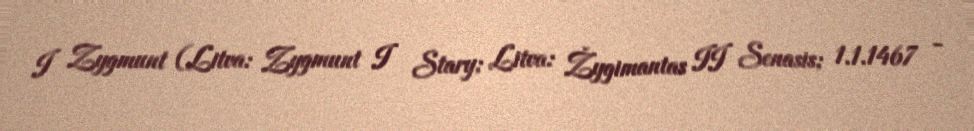
I Zygmunt (Litva: Zygmunt I Stary; Litva: Žygimantas II Senasis; 1.1.1467 -